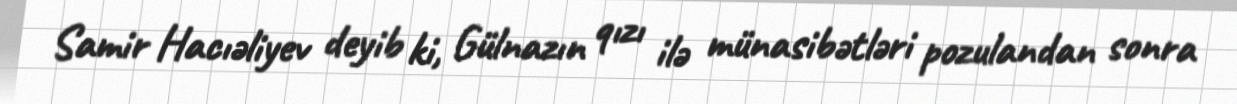
Samir Hacıəliyev deyib ki, Gülnazın qızı ilə münasibətləri pozulandan sonra